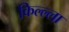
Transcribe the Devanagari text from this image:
किल्ल्ला